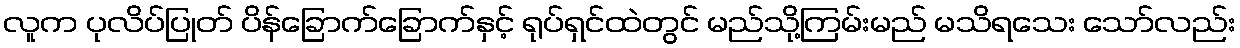
လူက ပုလိပ်ပြုတ် ပိန်ခြောက်ခြောက်နှင့် ရုပ်ရှင်ထဲတွင် မည်သို့ကြမ်းမည် မသိရသေး သော်လည်း